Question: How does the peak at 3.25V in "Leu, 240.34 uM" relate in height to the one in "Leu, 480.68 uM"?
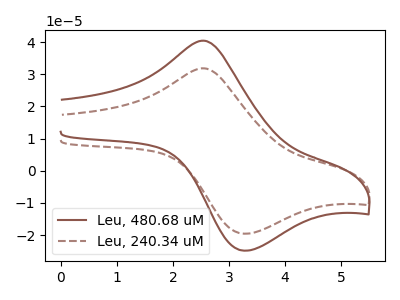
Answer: <think>The brown curve "Leu, 480.68 uM" has an anodic peak at (2.55V, 40.45uA) and a cathodic peak at (3.25V, -24.85uA). The brown dashed curve "Leu, 240.34 uM" has an anodic peak at (2.55V, 31.85uA) and a cathodic peak at (3.25V, -19.60uA).</think>
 <answer>The peak at 3.25V is lower in "Leu, 240.34 uM" than in "Leu, 480.68 uM".</answer>
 <eval>lower</eval>